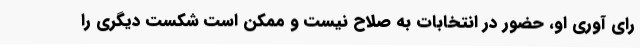
رای آوری او، حضور در انتخابات به صلاح نیست و ممکن است شکست دیگری را